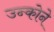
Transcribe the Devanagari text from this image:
उन्कोने